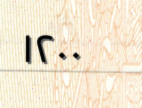
١٢٠٠